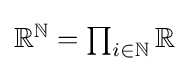
{\textstyle \mathbb {R} ^{\mathbb {N} }=\prod _{i\in \mathbb {N} }\mathbb {R} }